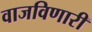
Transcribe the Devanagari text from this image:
वाजविणारी